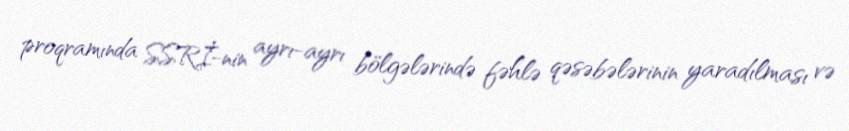
proqramında SSRİ-nin ayrı-ayrı bölgələrində fəhlə qəsəbələrinin yaradılması və